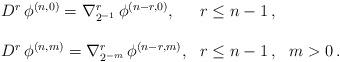
LaTeX: \begin{align*} \begin{array}{lll}D^r \, \phi^{(n,0)}= \nabla_{2^{-1}}^r \, \phi^{(n-r,0)}, & r\le n-1\,, \\ \\D^r \, \phi^{(n,m)}= \nabla_{2^{-m}}^r \, \phi^{(n-r,m)},& r\le n-1\,, &m>0\,.\end{array}\end{align*}